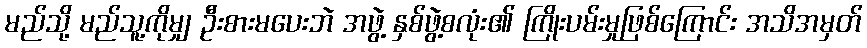
မည်သို့ မည်သူ့ကိုမျှ ဦးစားမပေးဘဲ အဖွဲ့ နှစ်ဖွဲ့စလုံး၏ ကြိုးပမ်းမှုဖြစ်ကြောင်း အသိအမှတ်